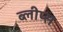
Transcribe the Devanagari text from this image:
ब्लीप्स